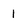
Character: 1